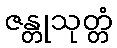
ဇန္တုသုတ္တံ